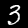
Digit: 3